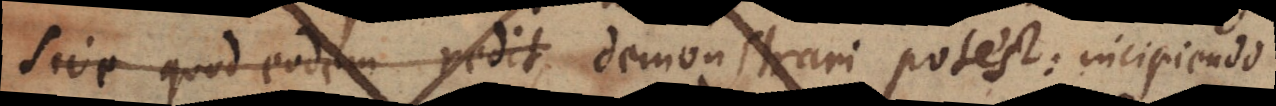
sive quod eodem redit demonstrari potest: incipiendo